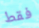
فقط